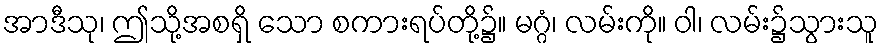
အာဒီသု၊ ဤသို့အစရှိ သော စကားရပ်တို့၌။ မဂ္ဂံ၊ လမ်းကို။ ဝါ၊ လမ်း၌သွားသူ